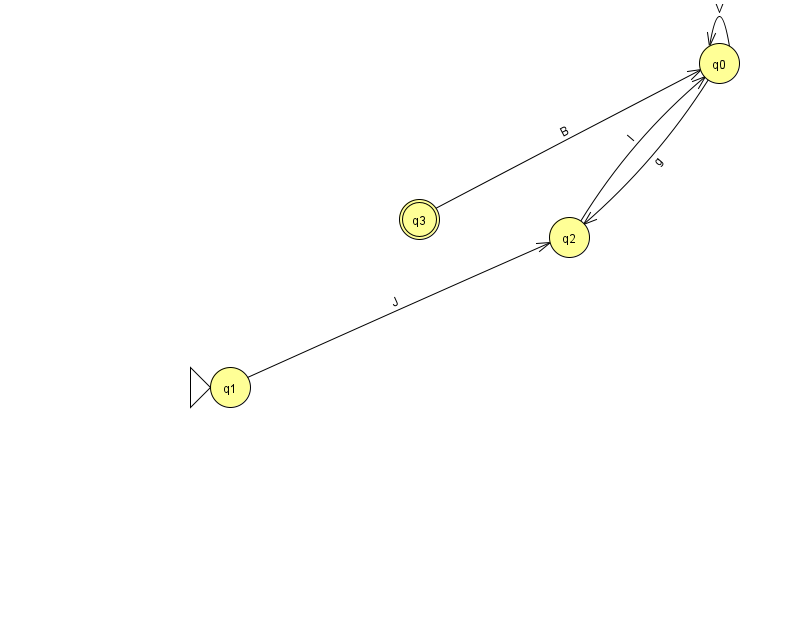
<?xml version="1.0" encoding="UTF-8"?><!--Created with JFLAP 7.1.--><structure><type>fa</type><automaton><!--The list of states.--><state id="0" name="q0"><x>719.0</x><y>50.0</y></state><state id="1" name="q1"><x>230.0</x><y>374.0</y><initial/></state><state id="2" name="q2"><x>569.0</x><y>224.0</y></state><state id="3" name="q3"><x>419.0</x><y>206.0</y><final/></state><!--The list of transitions.--><transition><from>0</from><to>2</to><read>g</read></transition><transition><from>1</from><to>2</to><read>J</read></transition><transition><from>3</from><to>0</to><read>B</read></transition><transition><from>0</from><to>0</to><read>V</read></transition><transition><from>2</from><to>0</to><read>I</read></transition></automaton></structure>